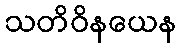
သတိဝိနယေန